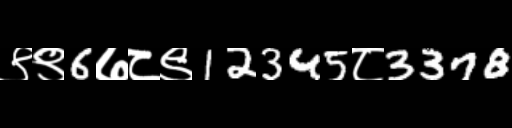
Text: ९९6७८९12345८3378